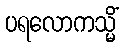
ပရလောကသ္မိံ